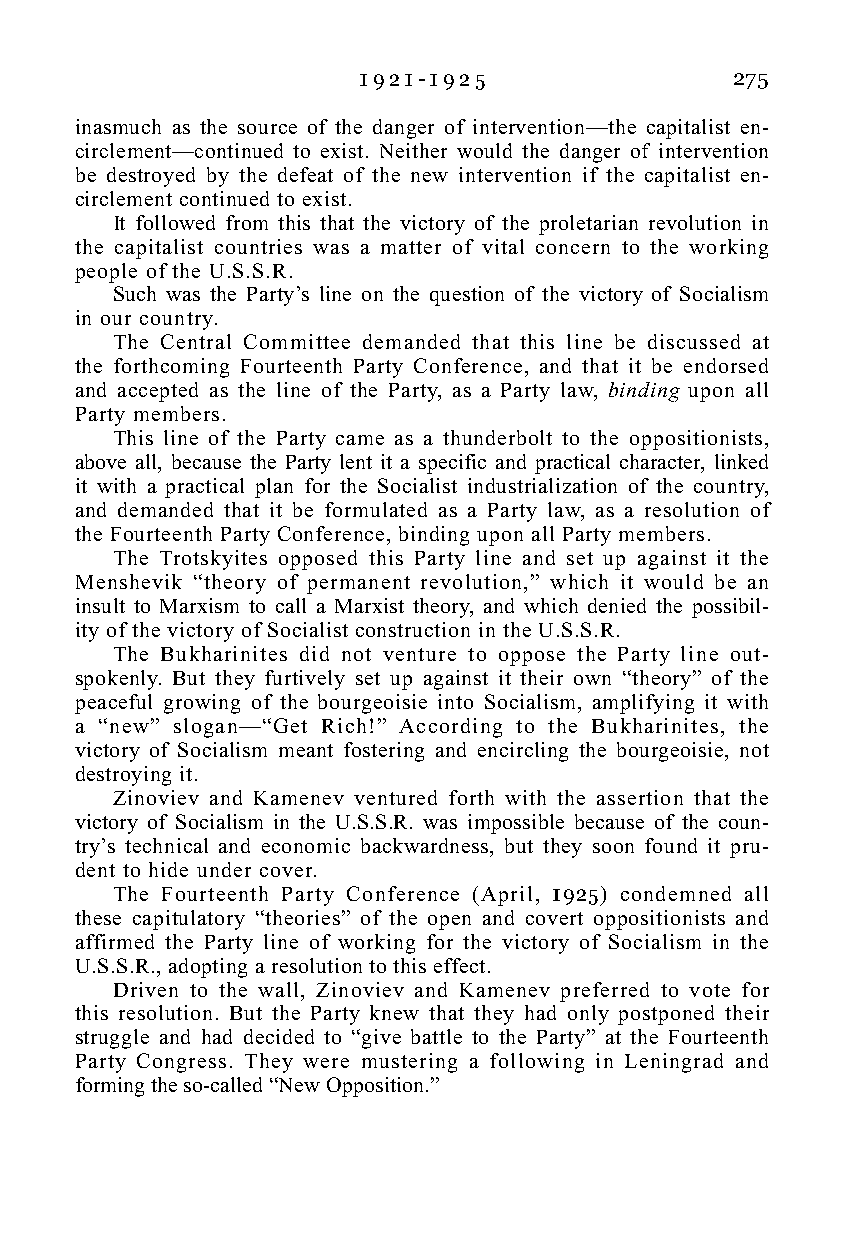
1 9 2 1 - 1 9 2 5       275
 inasmuch as the source of the danger of intervention—the capitalist en-
 circlement—continued to exist. Neither would the danger of intervention
 be destroyed by the defeat of the new intervention if the capitalist en-
 circlement continued to exist.
 It followed from this that the victory of the proletarian revolution in
 the capitalist countries was a matter of vital concern to the working
 people of the U.S.S.R.
 Such was the Party’s line on the question of the victory of Socialism
 in our country.
 The Central Committee demanded that this line be discussed at
 the forthcoming Fourteenth Party Conference, and that it be endorsed
 and accepted as the line of the Party, as a Party law, binding upon all
 Party members.
 This line of the Party came as a thunderbolt to the oppositionists,
 above all, because the Party lent it a specific and practical character, linked
 it with a practical plan for the Socialist industrialization of the country,
 and demanded that it be formulated as a Party law, as a resolution of
 the Fourteenth Party Conference, binding upon all Party members.
 The Trotskyites opposed this Party line and set up against it the
 Menshevik “theory of permanent revolution,” which it would be an
 insult to Marxism to call a Marxist theory, and which denied the possibil-
 ity of the victory of Socialist construction in the U.S.S.R.
 The Bukharinites did not venture to oppose the Party line out-
 spokenly. But they furtively set up against it their own “theory” of the
 peaceful growing of the bourgeoisie into Socialism, amplifying it with
 a “new” slogan—“Get Rich!” According to the Bukharinites, the
 victory of Socialism meant fostering and encircling the bourgeoisie, not
 destroying it.
 Zinoviev and Kamenev ventured forth with the assertion that the
 victory of Socialism in the U.S.S.R. was impossible because of the coun-
 try’s technical and economic backwardness, but they soon found it pru-
 dent to hide under cover.
 The Fourteenth Party Conference (April, 1925) condemned all
 these capitulatory “theories” of the open and covert oppositionists and
 affirmed the Party line of working for the victory of Socialism in the
 U.S.S.R., adopting a resolution to this effect.
 Driven to the wall, Zinoviev and Kamenev preferred to vote for
 this resolution. But the Party knew that they had only postponed their
 struggle and had decided to “give battle to the Party” at the Fourteenth
 Party Congress. They were mustering a following in Leningrad and
 forming the so-called “New Opposition.”